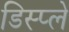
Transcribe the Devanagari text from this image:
डिस्‍प्‍ले